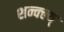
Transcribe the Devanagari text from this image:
शन्क्ल्य्